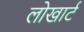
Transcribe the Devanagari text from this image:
लोखार्ट